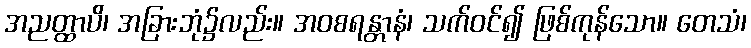
အညတ္ထာပိ၊ အခြားဘုံ၌လည်း။ အဝစရန္တာနံ၊ သက်ဝင်၍ ဖြစ်ကုန်သော။ တေသံ၊